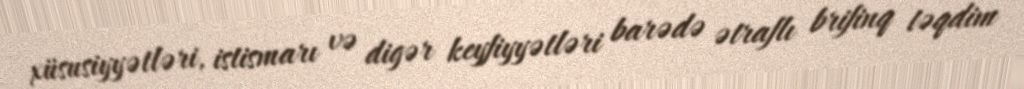
xüsusiyyətləri, istismarı və digər keyfiyyətləri barədə ətraflı brifinq təqdim